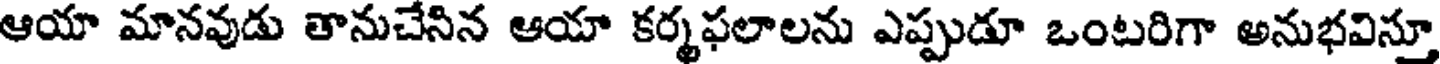
ఆయా మానవుడు తానుచేనిన ఆయా కర్మఫలాలను ఎప్పుడూ ఒంటరిగా అనుభవిస్తూ